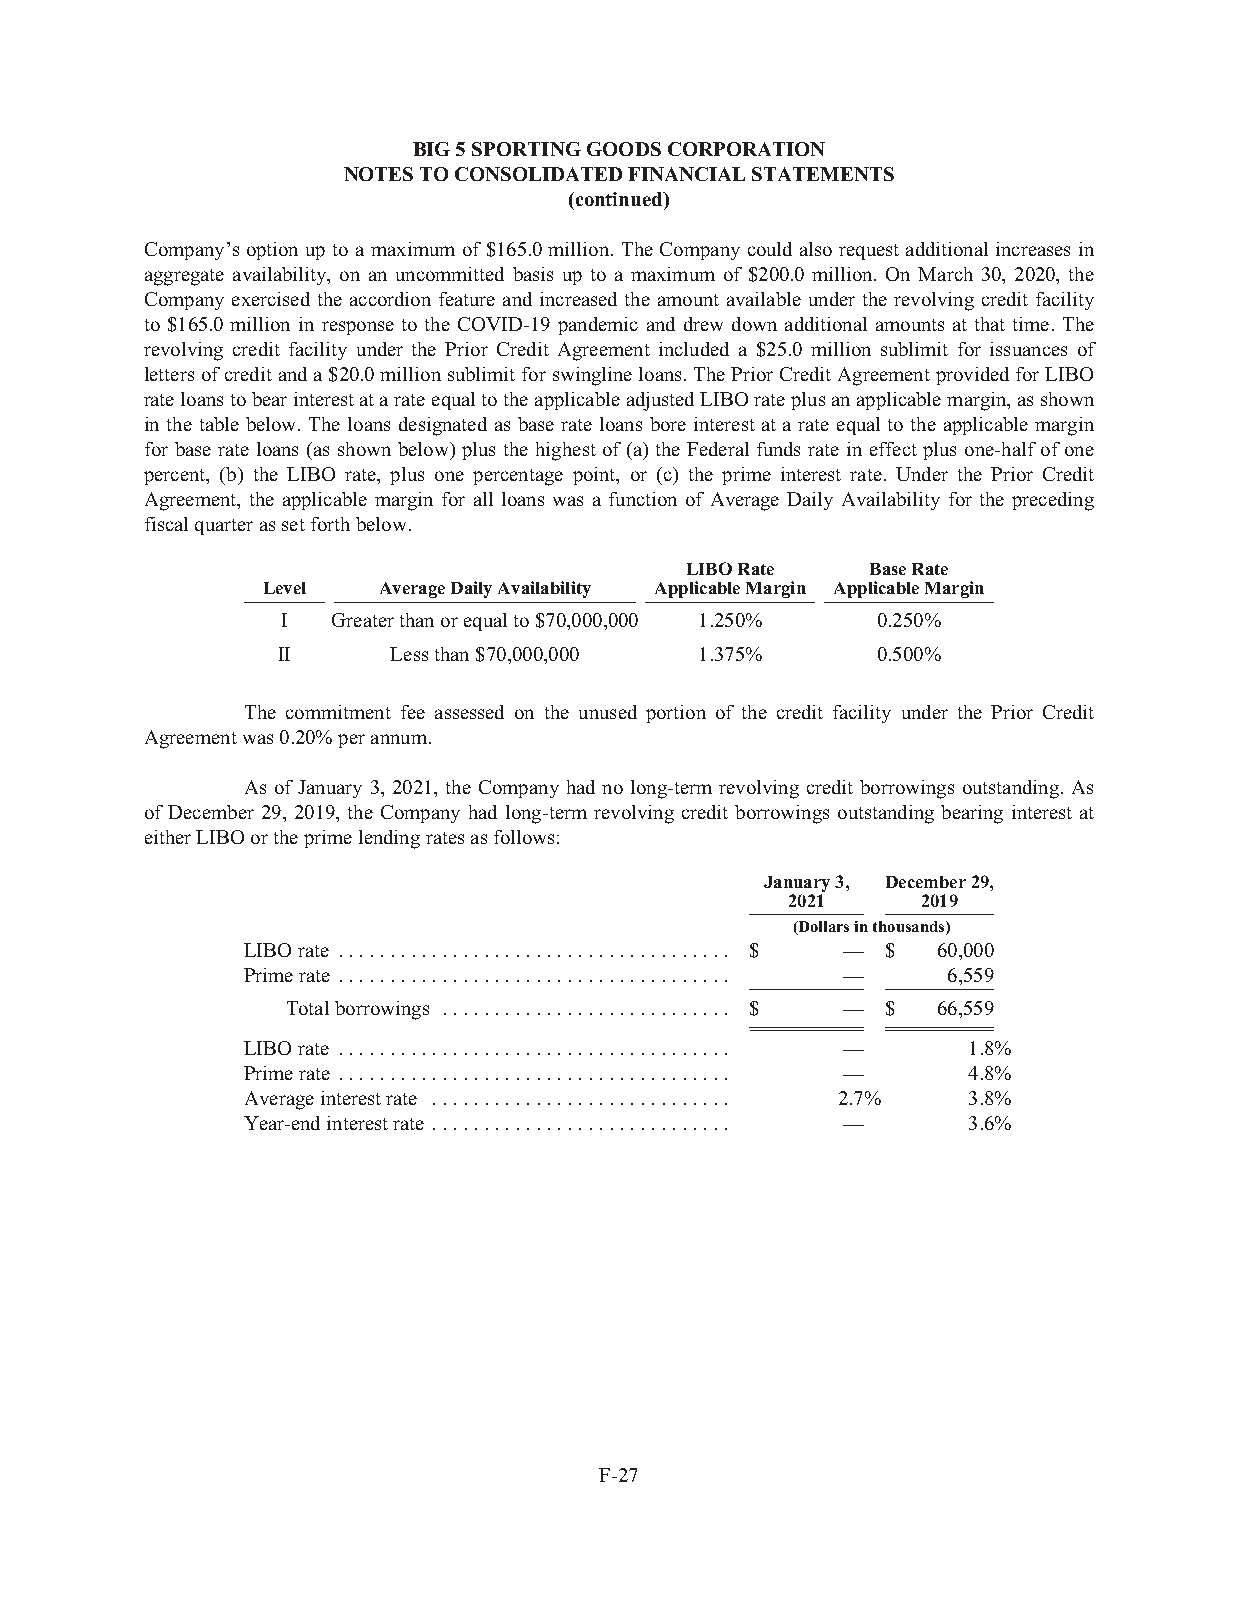
BIG5SPORTINGGOODSCORPORATION
 NOTESTOCONSOLIDATEDFINANCIALSTATEMENTS
 (continued)
 Company’s option upto a maximum of $165.0million. TheCompanycouldalsorequest additional increases in
 aggregate availability, on an uncommitted basis up to a maximum of $200.0 million. On March 30, 2020, the
 Company exercised the accordion feature and increased the amount available under the revolving credit facility
 to $165.0 million in response to the COVID-19 pandemic and drew down additional amounts at that time. The
 revolving credit facility under the Prior Credit Agreement included a $25.0 million sublimit for issuances of
 lettersofcreditanda$20.0millionsublimitforswinglineloans.ThePriorCreditAgreementprovidedforLIBO
 rateloanstobearinterestatarateequaltotheapplicableadjustedLIBOrateplusanapplicablemargin,asshown
 in the table below. The loans designated as base rate loans bore interest at a rate equal to the applicable margin
 for base rate loans (as shown below) plus the highest of (a) the Federal funds rate in effect plus one-half of one
 percent, (b) the LIBO rate, plus one percentage point, or (c) the prime interest rate. Under the Prior Credit
 Agreement, the applicable margin for all loans was a function of Average Daily Availability for the preceding
 fiscalquarterassetforthbelow.
 LIBORate     BaseRate
 Level   AverageDailyAvailability ApplicableMargin ApplicableMargin
 I  Greaterthanorequalto$70,000,000 1.250% 0.250%
 II      Lessthan$70,000,000 1.375%      0.500%
 The commitment fee assessed on the unused portion of the credit facility under the Prior Credit
 Agreementwas0.20%perannum.
 As of January 3, 2021, the Company had no long-term revolving credit borrowings outstanding. As
 of December 29, 2019, the Company had long-term revolving credit borrowings outstanding bearing interest at
 eitherLIBOortheprimelendingratesasfollows:
 January3, December29,
 2021     2019
 (Dollarsinthousands)
 LIBOrate ...................................... $ — $ 60,000
 Primerate ...................................... — 6,559
 Totalborrowings ............................ $ — $ 66,559
 LIBOrate ...................................... — 1.8%
 Primerate ...................................... — 4.8%
 Averageinterestrate ............................. 2.7% 3.8%
 Year-endinterestrate ............................. — 3.6%
 F-27